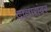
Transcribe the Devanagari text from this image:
दातारांवर